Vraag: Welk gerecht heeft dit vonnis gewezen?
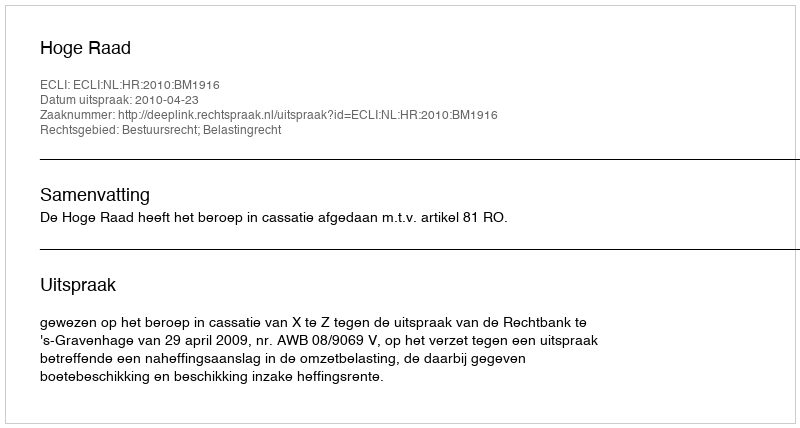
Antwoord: Hoge Raad